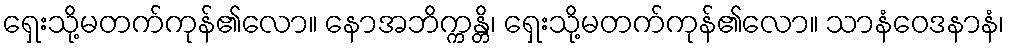
ရှေးသို့မတက်ကုန်၏လော။ နောအဘိက္ကန္တိ၊ ရှေးသို့မတက်ကုန်၏လော။ သာနံဝေဒနာနံ၊